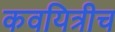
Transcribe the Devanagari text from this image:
कवयित्रीच